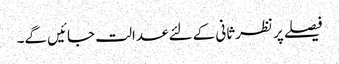
فیصلے پر نظرثانی کے لئے عدالت جائیں گے۔